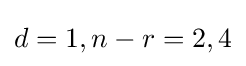
d=1,n-r=2,4